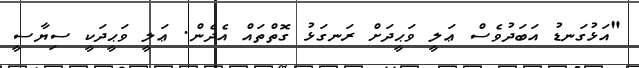
"އަޅުގަނޑު އަބަދުވެސް ޢަލީ ވަޙީދަށް ރަނގަޅު ގޮތްތައް އެދެން. ޢަލީ ވަޙީދަކީ ސިޔާސީ